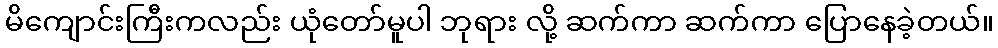
မိကျောင်းကြီးကလည်း ယုံတော်မူပါ ဘုရား လို့ ဆက်ကာ ဆက်ကာ ပြောနေခဲ့တယ်။